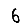
Digit: 6